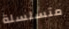
متسلسلة